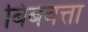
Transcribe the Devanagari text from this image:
बिंबवत्ता